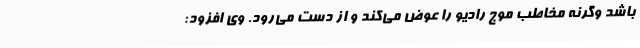
باشد وگرنه مخاطب موج رادیو را عوض می‌کند و از دست می‌رود. وی افزود: